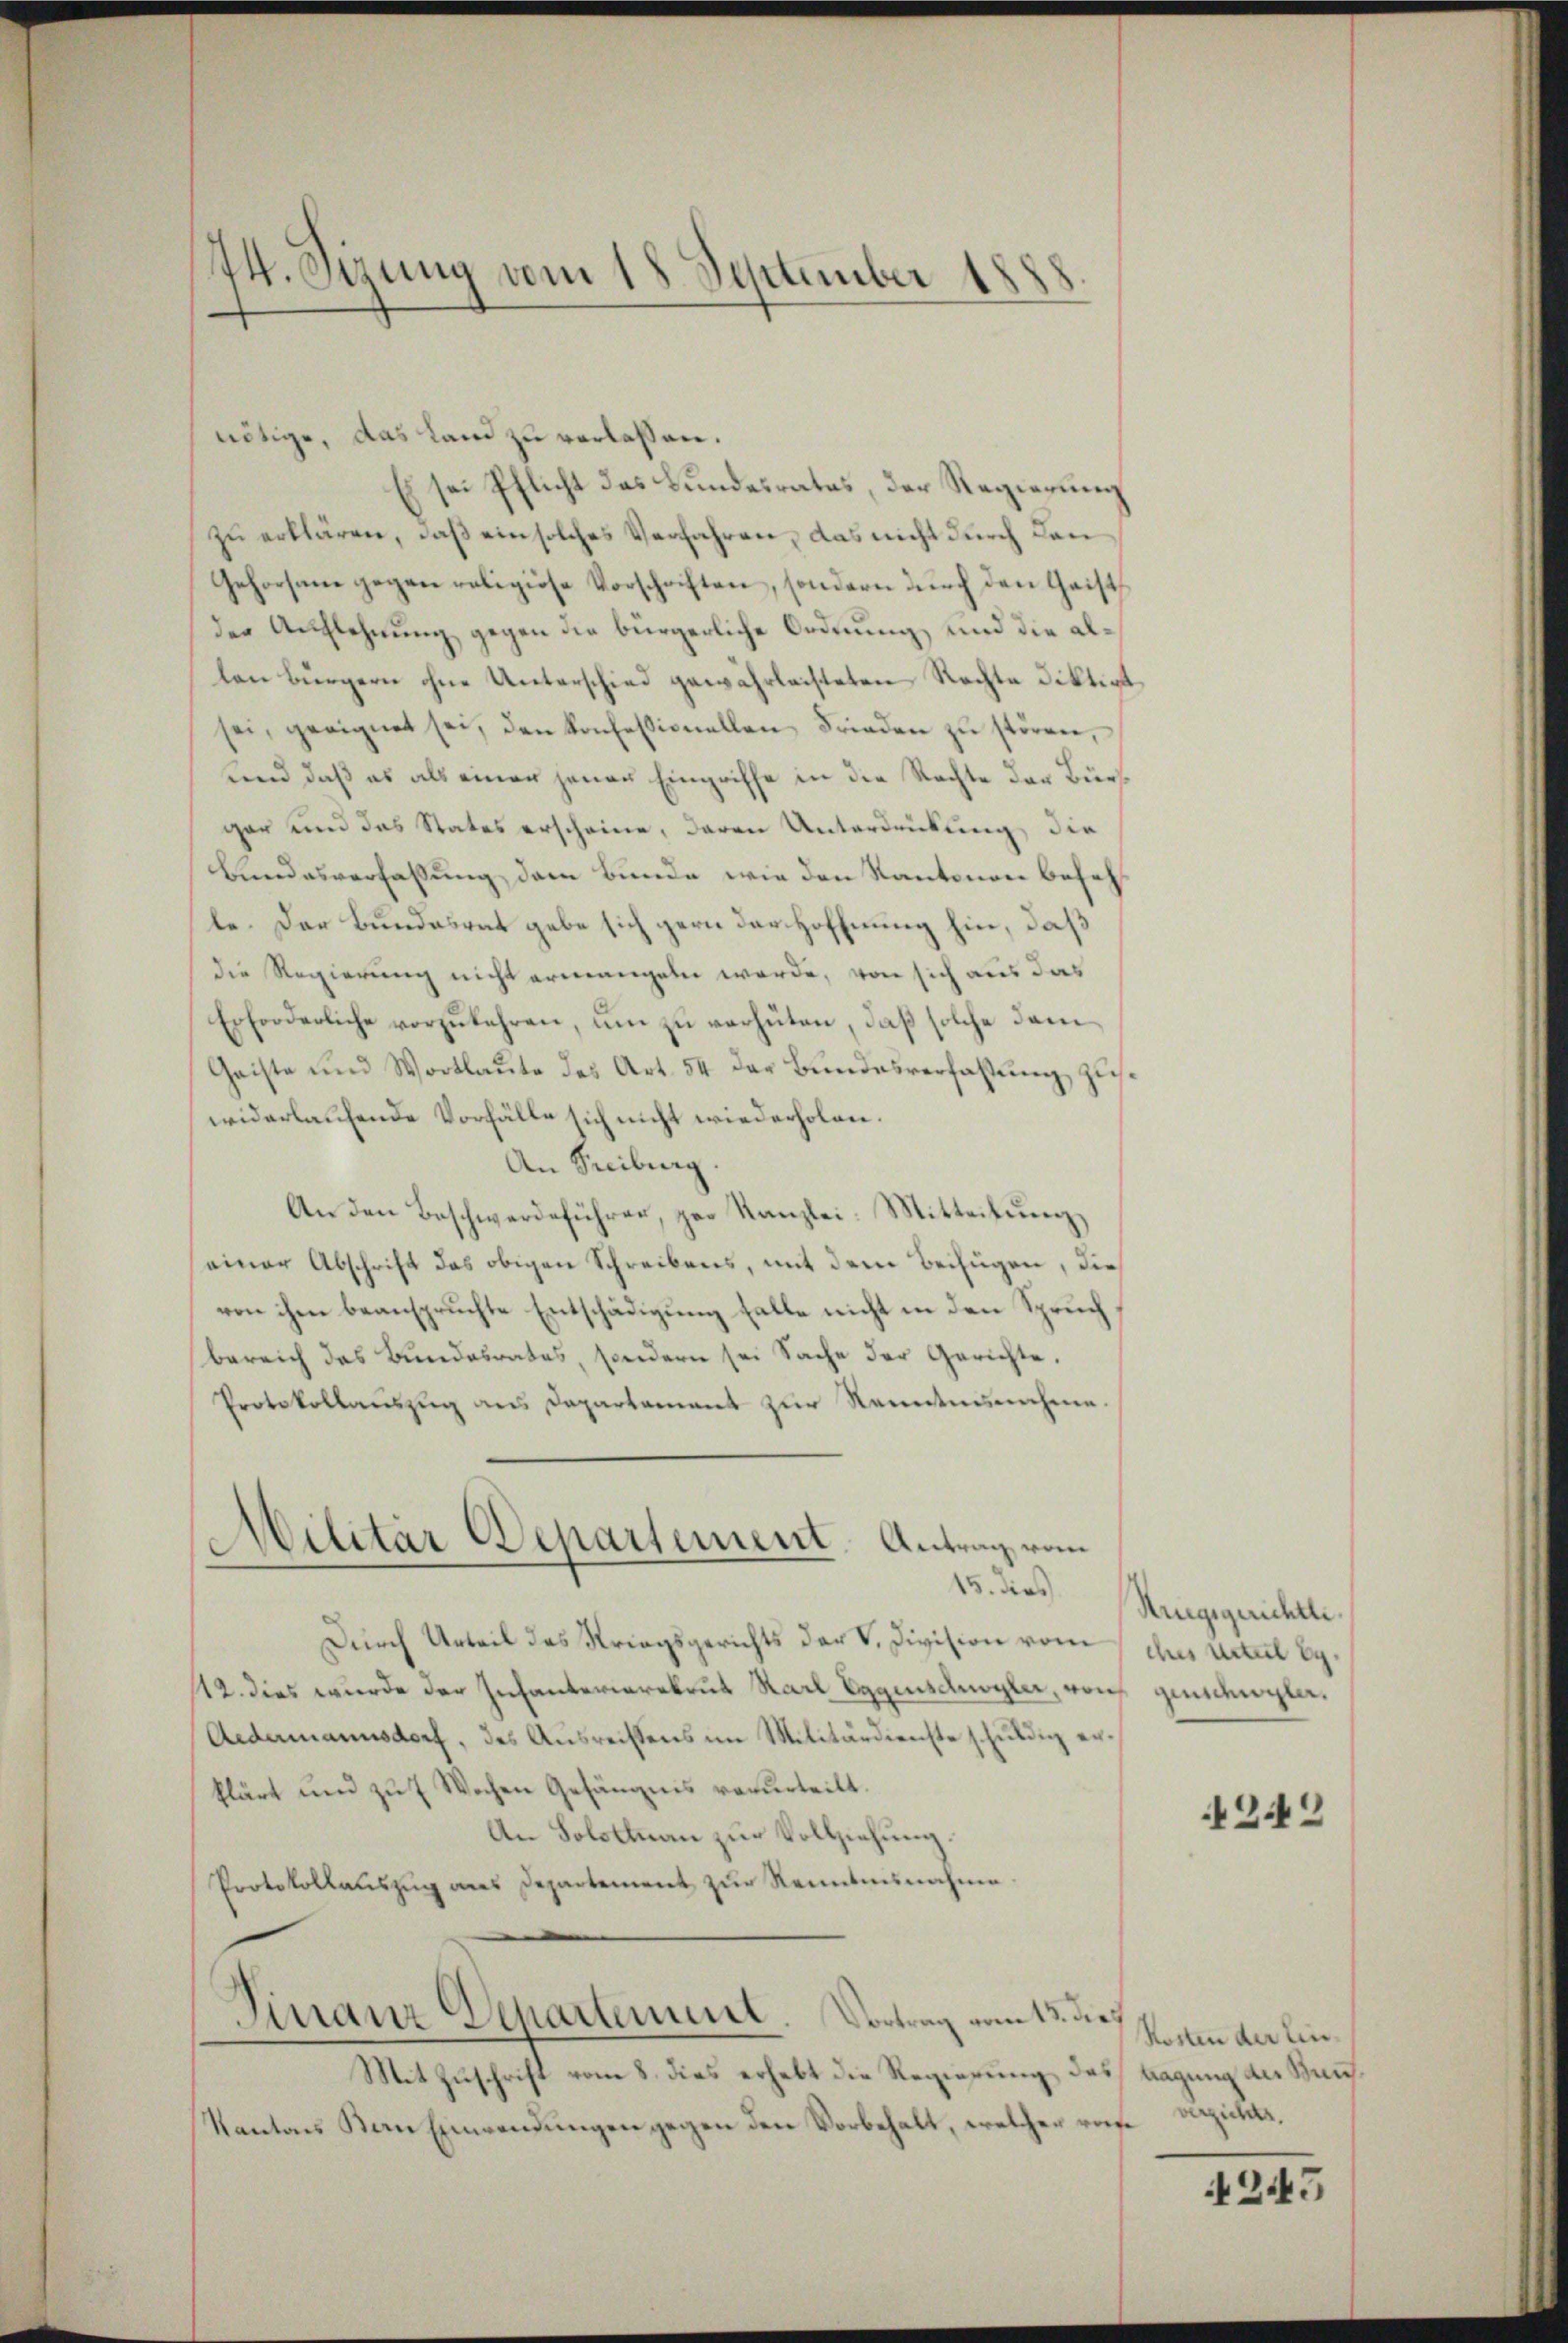
44. Sizung vom 18. September 188
5.

Militär Departement. Antrag vom

Durch Urteil des Kriegsgerichts der V. Division vom
12. dies wurde der Infanterierekrut Karl Eggenschwyler, von genschwyler,
Aedermannsdorf, des Ausreistens im Militärdienste schuldig erklärt und zu 7 Wochen Gefängnis verurteilt.
An Solotenan zur Vollziehung.
Protokollauszug aus Departement zur Renntnisnahme
Finanz Departement. Vortrag vom 13. dies
Mit Zuschrift vom 8. dies erhebt die Regierung des lagung des Kauf¬
Kantons Ban Einwendungen gegen den Vorbehalt, welcher refe

nötige, das Land zu verlassen.
Es sei Pflicht das Bundesrates, der Regierung
zu erklären, daß ein solches Verfahren, das nicht durch den
Gehorsame gegen religiöse Vorschriften, sondern dŭrch den Gaist
der Auflehnung gegen die bürgerliche Ordnung und die allen bürgern ohne Unterschied gewährleisteten Rechte diktirt
sei, geeignet sei, den konfessionellen Frieden zŭ störren,
und daß es als einer jenen Eingriffe in die Rechte der Bürgar und das States erscheine, daran Unterdrückung die
Bundesverfassung, dem Bunde wie den Kantonen besah
le. Der Bundesrat gebe sich gern der Hoffnung hin, daß
die Regierung nicht ermangeln werde, von sich aus das
Erforderliche vorzŭkehren, ŭm zŭ verhüten, daβ solche dam
Geiste und Wortlaŭte des Art. 54 der Bŭndesverfassŭng zuswiderlaufende Vorfälle sich nicht wiederholen.
An Freiburg.
An den Beschwerdeführer, par Kanzlei: Mitteilung
einer Abschrift das obigen Schreibens, mit dem Beifügen, dies
von ihm beanspruchte Entschädigung falle nicht in den Spruch
bereich des Bundesrates, sondern sei Sache der Gerichte.
Protokollaŭszŭg ans Departement zŭr Kenntnisnahme.

15. dies Striegsgerichtli
ches Urteil g

2442

Kosten der Einverzichte.

4245